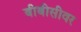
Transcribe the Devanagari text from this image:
बीबीसीवर